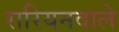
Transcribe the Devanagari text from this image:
रारियनवाले